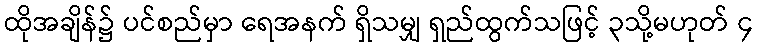
ထိုအချိန်၌ ပင်စည်မှာ ရေအနက် ရှိသမျှ ရှည်ထွက်သဖြင့် ၃သို့မဟုတ် ၄